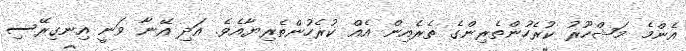
އެންމެ މަޝްހޫރު ކުރެހުންތެރިންގެ ތެރެއިން އެއް ކުރެހުންތެރިޔާއެވެ. އަދި އޭނާ ވަނީ އިނގިރޭސި